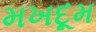
મખદૂમ